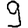
Digit: 9